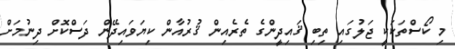
މި ކޯސްތަކަކީ ޖަލުގައި ތިބި ޤައިދީންގެ ތެރެއިން ޤުރުއާން ކިޔަވައިދޭން ދަސްކޮށް ދިނުމަށް